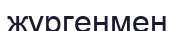
жүргенмен